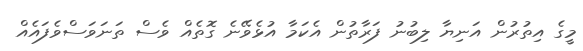
މީގެ އިތުރުން އަނިޔާ ލިބުނު ފަރާތުން އެކަމާ އުޅެވޭނެ ގޮތެއް ވެސް ތަނަވަސްވެފައެއް